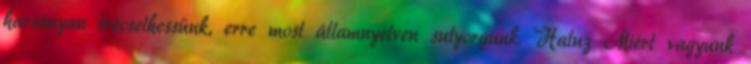
harsányan trécselhessünk, erre most államnyelven sutyorgunk. Haluz Miért vagyunk